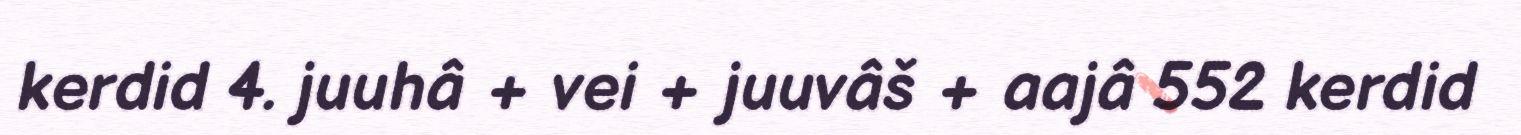
kerdid 4. juuhâ + vei + juuvâš + aajâ 552 kerdid